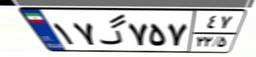
۱۷گ۷۵۷۴۷